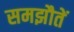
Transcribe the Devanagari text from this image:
समझौतें